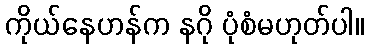
ကိုယ်နေဟန်က နဂို ပုံစံမဟုတ်ပါ။